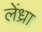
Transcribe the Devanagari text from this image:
लेंध्रा